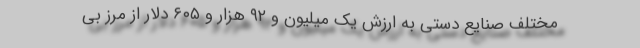
مختلف صنایع دستی به ارزش یک میلیون و ۹۲ هزار و ۶۰۵ دلار از مرز بی